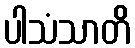
ပါသံသာတိ